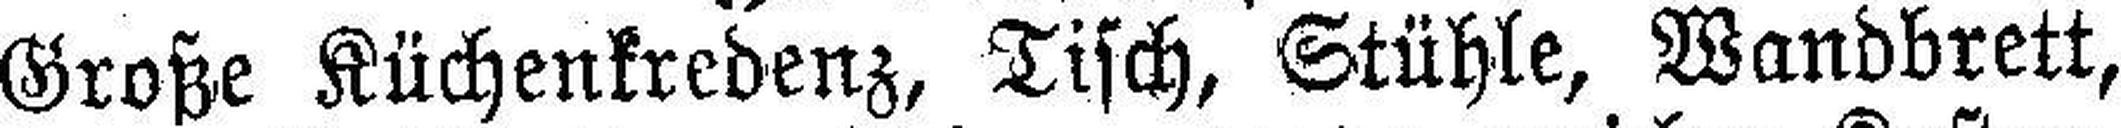
Große Küchenkredenz, Tisch, Stühle, Wandbrett,